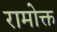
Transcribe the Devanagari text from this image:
रामोक्त